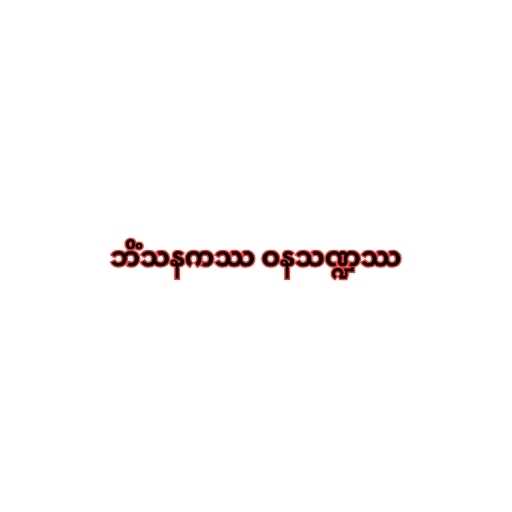
ဘိံသနကဿ ဝနသဏ္ဍဿ